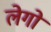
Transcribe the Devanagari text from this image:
लेगों